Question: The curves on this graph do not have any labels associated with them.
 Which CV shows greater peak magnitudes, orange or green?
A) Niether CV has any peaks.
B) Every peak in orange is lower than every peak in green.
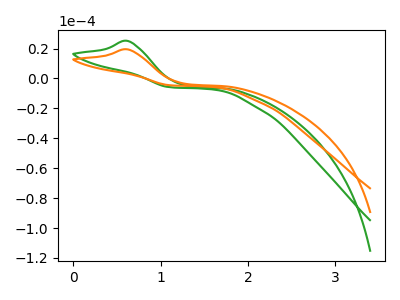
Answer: <think>The green curve "green" has an anodic peak at: (0.60V, 25.10uA). The orange curve "orange" has an anodic peak at: (0.60V, 19.45uA).</think>
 <answer>B) Every peak in "orange" is lower than every peak in "green".</answer>
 <eval>B</eval>